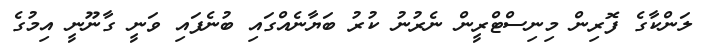
ލަންކާގެ ފޮރިން މިނިސްޓްރީން ނެރުނު ކުރު ބަޔާނެއްގައި ބުނެފައި ވަނީ ގާނޫނީ އިމުގެ